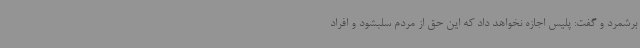
برشمرد و گفت: پلیس اجازه نخواهد داد که این حق از مردم سلبشود و افراد